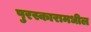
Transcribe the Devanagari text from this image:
पुरस्कारामधील